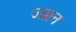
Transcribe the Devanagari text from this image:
ज्व्रान